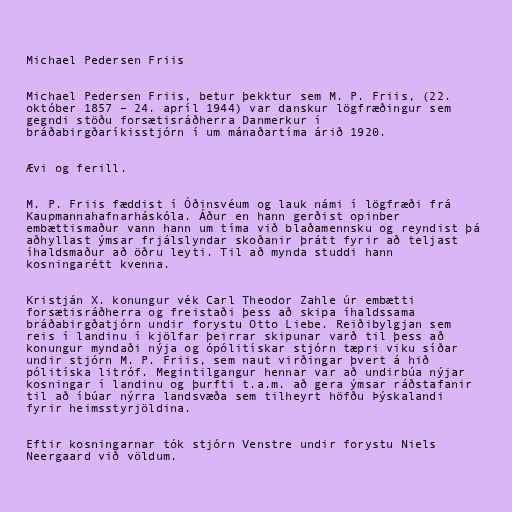
Michael Pedersen Friis

Michael Pedersen Friis, betur þekktur sem M. P. Friis, (22.
október 1857 – 24. apríl 1944) var danskur lögfræðingur sem
gegndi stöðu forsætisráðherra Danmerkur í
bráðabirgðaríkisstjórn í um mánaðartíma árið 1920.

Ævi og ferill.

M. P. Friis fæddist í Óðinsvéum og lauk námi í lögfræði frá
Kaupmannahafnarháskóla. Áður en hann gerðist opinber
embættismaður vann hann um tíma við blaðamennsku og reyndist þá
aðhyllast ýmsar frjálslyndar skoðanir þrátt fyrir að teljast
íhaldsmaður að öðru leyti. Til að mynda studdi hann
kosningarétt kvenna.

Kristján X. konungur vék Carl Theodor Zahle úr embætti
forsætisráðherra og freistaði þess að skipa íhaldssama
bráðabirgðatjórn undir forystu Otto Liebe. Reiðibylgjan sem
reis í landinu í kjölfar þeirrar skipunar varð til þess að
konungur myndaði nýja og ópólitískar stjórn tæpri viku síðar
undir stjórn M. P. Friis, sem naut virðingar þvert á hið
pólitíska litróf. Megintilgangur hennar var að undirbúa nýjar
kosningar í landinu og þurfti t.a.m. að gera ýmsar ráðstafanir
til að íbúar nýrra landsvæða sem tilheyrt höfðu Þýskalandi
fyrir heimsstyrjöldina.

Eftir kosningarnar tók stjórn Venstre undir forystu Niels
Neergaard við völdum.